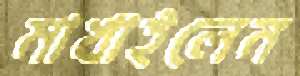
মাখাইলেন